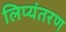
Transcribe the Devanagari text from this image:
लिप्‍यंतरण